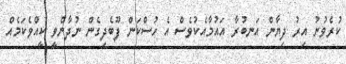
ކުރެވުނު އިރު ދިޔާން އަނބުރާ އައުމާއެކުވެސް އެ ހުސްކަން ފޫބެދިގެން ނުދާންވީ ކީއްވެކަމެއް